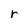
Character: r